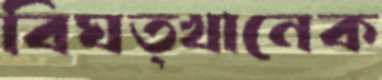
বিঘত্খানেক